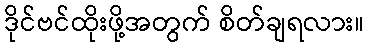
ဒိုင်ဗင်ထိုးဖို့အတွက် စိတ်ချရလား။